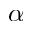
\alpha